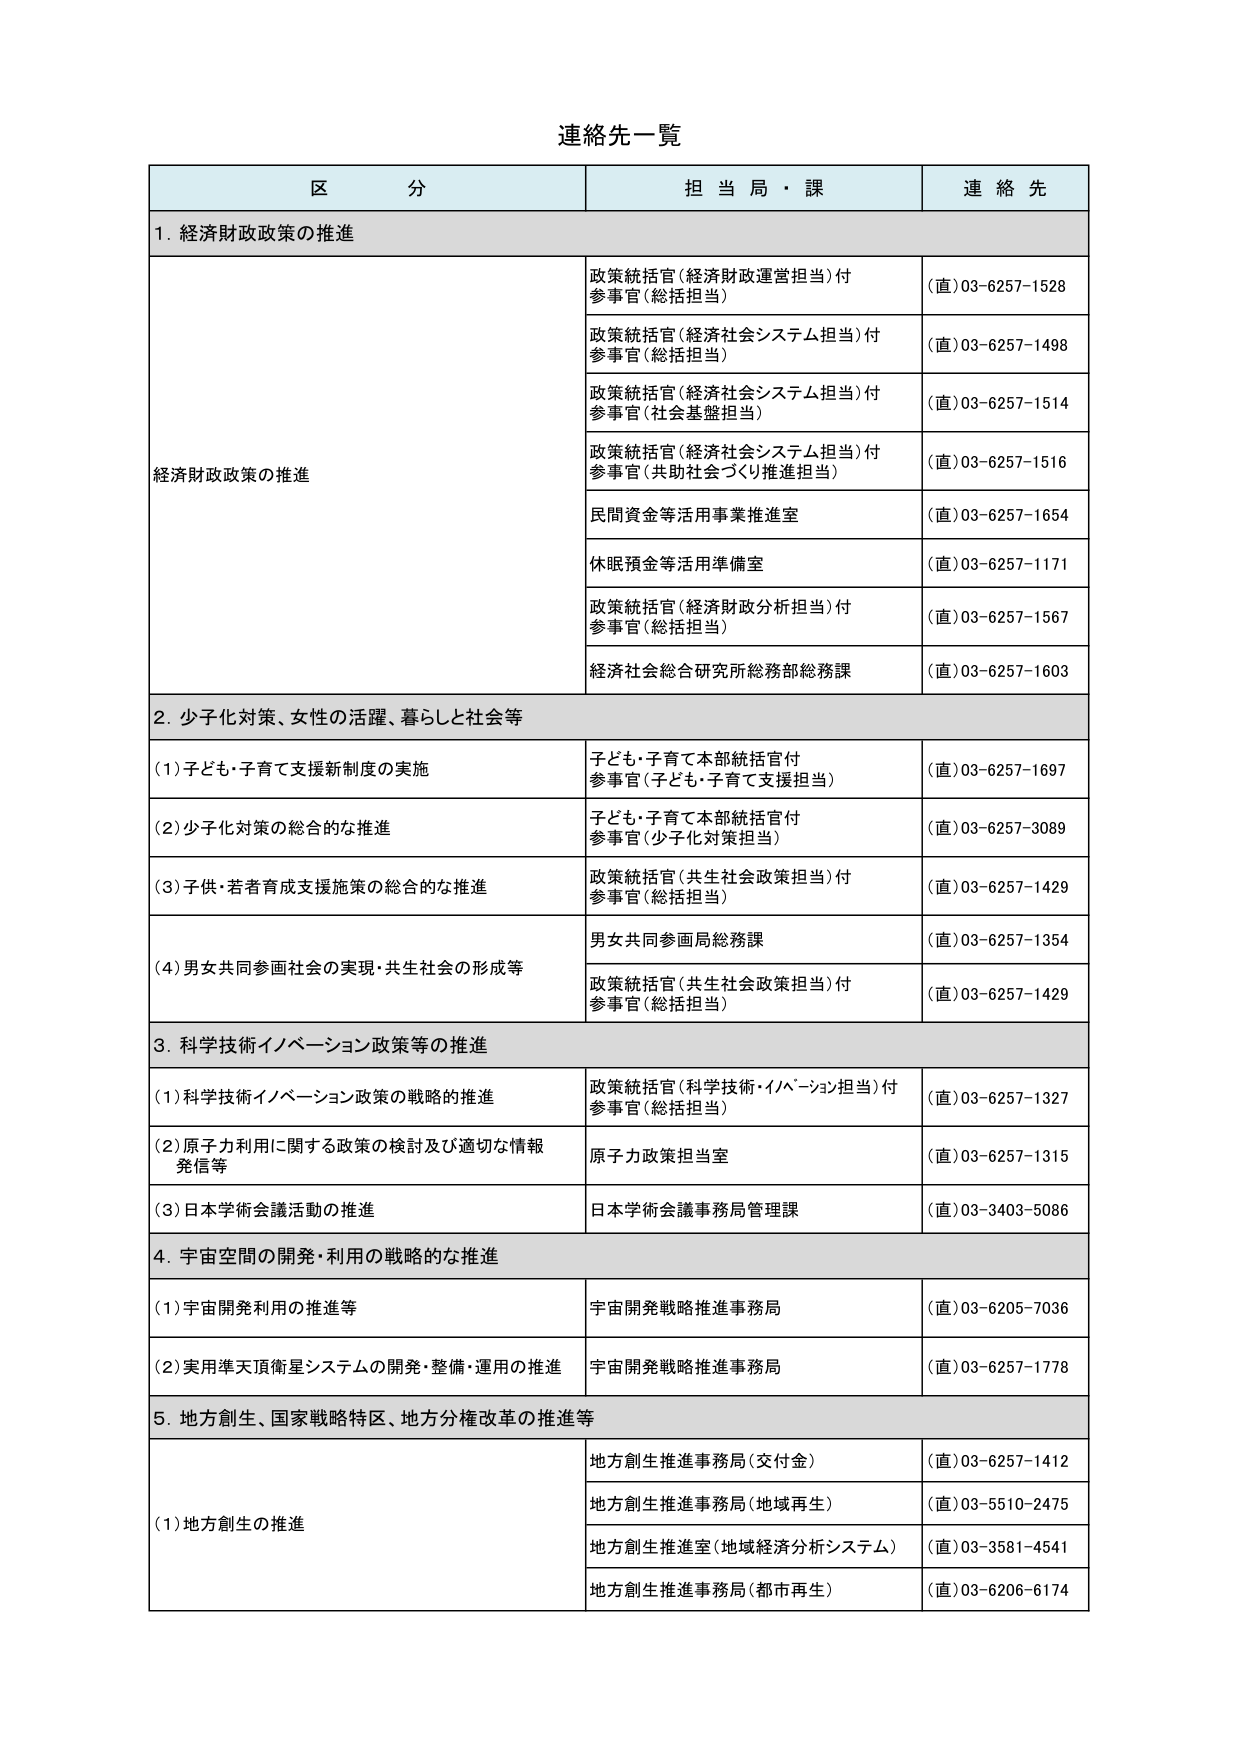
連絡先一覧

区 分 担 当 局・課 連 絡 先

1. 経済財政政策の推進

経済財政政策の推進
政策統括官（経済財政運営担当）付
参事官（総括担当）
（直）03-6257-1528

政策統括官（経済社会システム担当）付
参事官（総括担当）
（直）03-6257-1498

政策統括官（経済社会システム担当）付
参事官（社会基盤担当）
（直）03-6257-1514

政策統括官（経済社会システム担当）付
参事官（共助社会づくり推進担当）
（直）03-6257-1516

民間資金等活用事業推進室
（直）03-6257-1654

休眠預金等活用準備室
（直）03-6257-1171

政策統括官（経済財政分析担当）付
参事官（総括担当）
（直）03-6257-1567

経済社会総合研究所総務部総務課
（直）03-6257-1603

2. 少子化対策、女性の活躍、暮らしと社会等

（1）子ども・子育て支援新制度の実施
子ども・子育て本部統括官付
参事官（子ども・子育て支援担当）
（直）03-6257-1697

（2）少子化対策の総合的な推進
子ども・子育て本部統括官付
参事官（少子化対策担当）
（直）03-6257-3089

（3）子供・若者育成支援施策の総合的な推進
政策統括官（共生社会政策担当）付
参事官（総括担当）
（直）03-6257-1429

（4）男女共同参画社会の実現・共生社会の形成等
男女共同参画局総務課
（直）03-6257-1354

政策統括官（共生社会政策担当）付
参事官（総括担当）
（直）03-6257-1429

3. 科学技術イノベーション政策等の推進

（1）科学技術イノベーション政策の戦略的推進
政策統括官（科学技術・イノベーション担当）付
参事官（総括担当）
（直）03-6257-1327

（2）原子力利用に関する政策の検討及び適切な情報発信等
原子力政策担当室
（直）03-6257-1315

（3）日本学術会議活動の推進
日本学術会議事務局管理課
（直）03-3403-5086

4. 宇宙空間の開発・利用の戦略的な推進

（1）宇宙開発利用の推進等
宇宙開発戦略推進事務局
（直）03-6205-7036

（2）実用準天頂衛星システムの開発・整備・運用の推進
宇宙開発戦略推進事務局
（直）03-6257-1778

5. 地方創生、国家戦略特区、地方分権改革の推進等

（1）地方創生の推進
地方創生推進事務局（交付金）
（直）03-6257-1412

地方創生推進事務局（地域再生）
（直）03-5510-2475

地方創生推進室（地域経済分析システム）
（直）03-3581-4541

地方創生推進事務局（都市再生）
（直）03-6206-6174